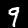
Digit: 9